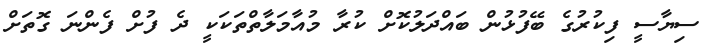
ސިޔާސީ ފިކުރުގެ ބޭފުޅުން ބައްދަލުކޮށް ކުރާ މުއާމަލާތްތަކަކީ ދެ ފުށް ފެންނަ ގޮތަށް